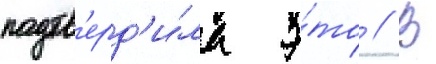
подтв'ерд'и́ла э́то // В